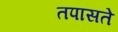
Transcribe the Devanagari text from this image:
तपासते